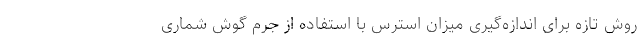
روش تازه برای اندازه‌گیری میزان استرس با استفاده از جرم گوش شماری